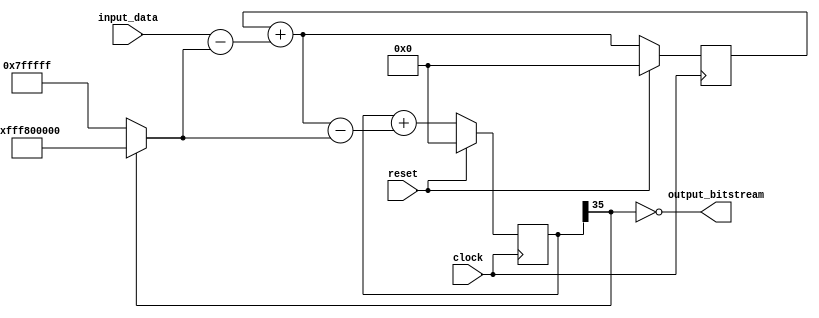
/* 24 bit second order Sigma Delta modulator 
 * 
 * flexSD project
 * Dan Kouba, 2012
 */
 
module second_order_sigdel(
  
  clock,
  reset,
  
  input_data,
  output_bitstream
  
);

/* Internal prameters */
parameter input_bitwidth = 24;
parameter accumulator_bitwidth = 36;

`define full_neg {{(accumulator_bitwidth - input_bitwidth + 1){1'b1}}, {(input_bitwidth-1){1'b0}}}
`define full_pos {{(accumulator_bitwidth - input_bitwidth + 1){1'b0}}, {(input_bitwidth-1){1'b1}}}

/* Module inputs and outputs */
input                      clock;
input                      reset;

input   signed [23:0]      input_data;
output                     output_bitstream;

/* Internal wires and registers */
wire    signed [accumulator_bitwidth - 1:0]      fb;                // Feedback signal, 28 bits, but only holds a 24 bit full scale number as defined by the parameters above
wire    signed [accumulator_bitwidth - 1:0]      error_1;           // First error signal, equals input minus the feedback signal
wire    signed [accumulator_bitwidth - 1:0]      error_2;           // Second error signal, equals the output of the nondelaying integrator minus the feedback signal
wire    signed [accumulator_bitwidth - 1:0]      adder_1_out;       // Adder that creates the nondelaying integrator
reg     signed [accumulator_bitwidth - 1:0]      integrator_1_out;  // Nondelaying integrator's z^-1 block
reg     signed [accumulator_bitwidth - 1:0]      integrator_2_out;  // Delaying integrator's z^-1 block
wire                                             comp_out;          // Output of the comparator, also the output bitstream


always@(posedge clock) begin
  
  if(reset) begin
    
    integrator_1_out <= 28'b0;                // Initialize accumulator states
    integrator_2_out <= 28'b0;
    
  end else begin
    
    integrator_1_out <= adder_1_out;                 //Create delay block 1 - nondelaying integrator
    integrator_2_out <= integrator_2_out + error_2;  //Create delay block 2 - delaying integrator
    
  end

end

/* Adders, comparator and signal routing */
assign adder_1_out = integrator_1_out + error_1;
assign comp_out = !integrator_2_out[accumulator_bitwidth - 1];  // To do comparison, grab sign bit and invert (due to 2's complement)

assign error_1 = input_data - fb;
assign error_2 = adder_1_out - fb;

assign fb = comp_out ? `full_pos : `full_neg;          //Comparator, 24 bit full scale output
assign output_bitstream = comp_out;

endmodule